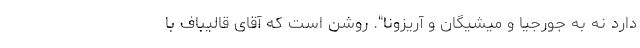
دارد نه به جورجیا و میشیگان و آریزونا". روشن است که آقای قالیباف با